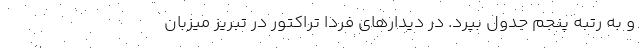
و به رتبه پنجم جدول بپرد. در دیدارهای فردا تراکتور در تبریز میزبان